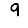
Digit: 9